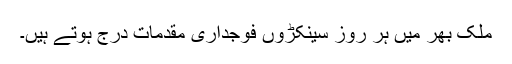
ملک بھر میں ہر روز سینکڑوں فوجداری مقدمات درج ہوتے ہیں۔